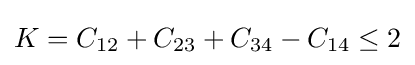
K=C_{12}+C_{23}+C_{34}-C_{14}\leq 2